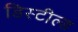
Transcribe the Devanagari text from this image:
डिस्टील्ड